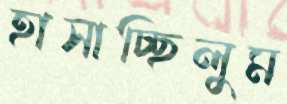
হাসাচ্ছিলুম